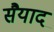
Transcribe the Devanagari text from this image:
सैयाद